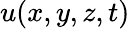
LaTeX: u(x,y,z,t)